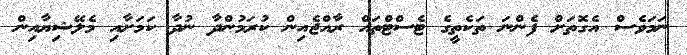
ނަމަވެސް އެގޮތަށް ފެންނަ ތަކެތީގެ ޓެސްޓްތައް ރާއްޖެއިން ކުރަމުންދާ ނުދާ ކަމަށާއި މެލޭޝިޔާއިން